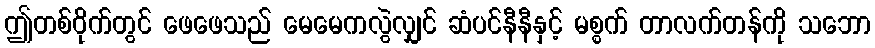
ဤတစ်ဝိုက်တွင် ဖေဖေသည် မေမေကလွဲလျှင် ဆံပင်နီနီနှင့် မစ္စက် တာလက်တန်ကို သဘော